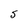
Character: S